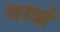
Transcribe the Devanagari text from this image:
वस्‍त्रों